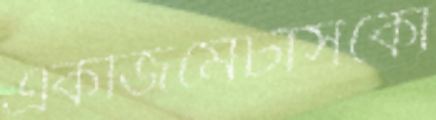
একজিমেটাসকো